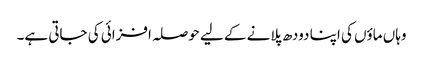
وہاں ماؤں کی اپنا دودھ پلانے کے لیے حوصلہ افزائی کی جاتی ہے۔